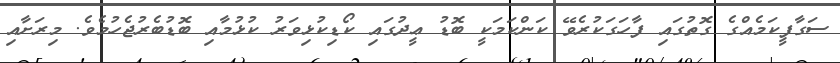
ސަގާފީކަމެއްގެ ގޮތުގައި ފާހަގަކުރެވޭ ކަންކަމަކީ ބޮޑު ޢީދުގައި ކޯޑިކުޅިވަރު ކުޅުމާއި ބޮޑުބެރުޖެހުމެވެ. މިރަށާއި